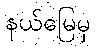
နယ်မြေမှ